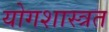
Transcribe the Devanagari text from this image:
योगशास्त्रत